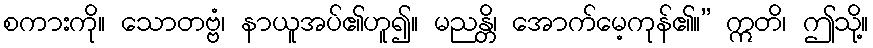
စကားကို။ သောတဗ္ဗံ၊ နာယူအပ်၏ဟူ၍။ မညန္တိ၊ အောက်မေ့ကုန်၏။” ဣတိ၊ ဤသို့။